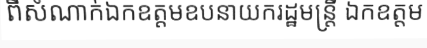
ពីសំណាក់ឯកឧត្តមឧបនាយករដ្ឋមន្ត្រី ឯកឧត្តម